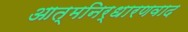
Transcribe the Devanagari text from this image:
आत्मनिर्धारणवाद